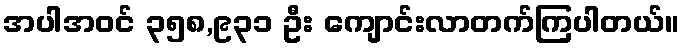
အပါအဝင် ၃၅၈,၉၃၁ ဦး ကျောင်းလာတက်ကြပါတယ်။